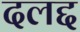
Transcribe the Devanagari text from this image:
दलद्द